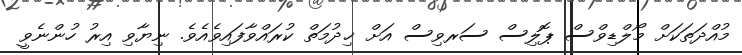
މުއްދަތަކަށް މޯލްޑިވްސް ޕޮލިސް ސަރވިސް އަށް ޚިދުމަތް ކުރައްވާފައިވެއެވެ. ނިޔާވި އިރު ހުންނެވީ